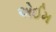
એઈમ